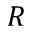
R